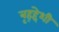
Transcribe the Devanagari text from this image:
बृह्द्देशी